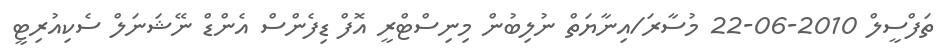
ތަފްސީލް 2010-06-22 މުސާރަ/އިނާޔަތް ނުލިބުން މިނިސްޓްރީ އޮފް ޑިފެންސް އެންޑް ނޭޝަނަލް ސެކިއުރިޓީ